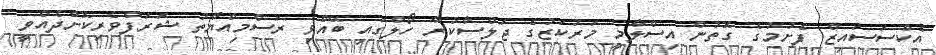
އެކްސަސައިޒް ފެށުމުގެ ގޮތުން އިސްލާމީ މަރުކަޒުގެ ޖަލްސާކުރާ ހޯލްގައި ބޭއްވި ރަސްމިއްޔާތު ޝަރަފްވެރިކޮށްދެއްވީ